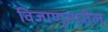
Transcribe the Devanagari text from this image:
विजाणूमधील